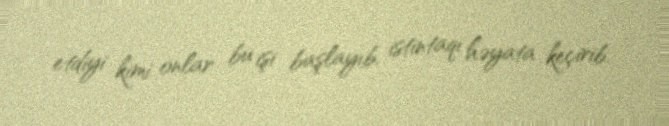
etdiyi kimi onlar bu işi başlayıb, istintaqı həyata keçirib.